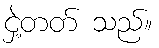
ငှဲ့တတ် သည်။